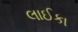
લાઈકા